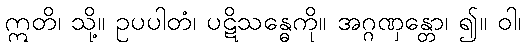
ဣတိ၊ သို့။ ဥပပါတံ၊ ပဋိသန္ဓေကို။ အဂ္ဂဏှန္တော၊ ၍။ ဝါ၊